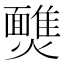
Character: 𩉈